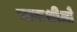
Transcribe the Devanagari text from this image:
चारूशीलो